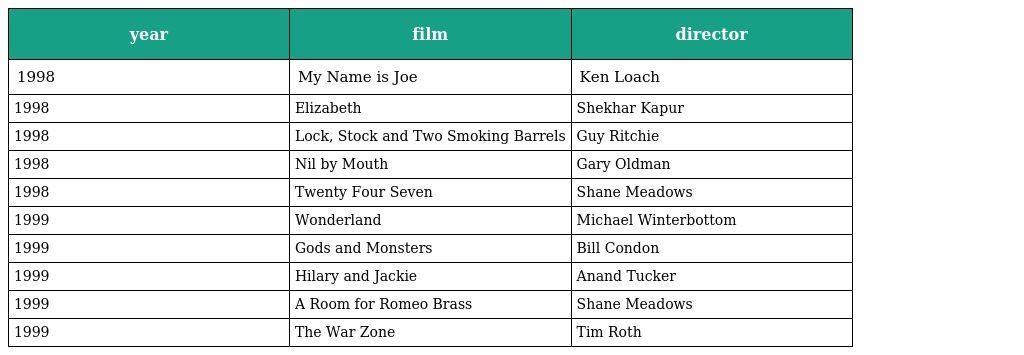
| year | film | director |
 | --- | --- | --- |
 | 1998 | My Name is Joe | Ken Loach |
 | 1998 | Elizabeth | Shekhar Kapur |
 | 1998 | Lock, Stock and Two Smoking Barrels | Guy Ritchie |
 | 1998 | Nil by Mouth | Gary Oldman |
 | 1998 | Twenty Four Seven | Shane Meadows |
 | 1999 | Wonderland | Michael Winterbottom |
 | 1999 | Gods and Monsters | Bill Condon |
 | 1999 | Hilary and Jackie | Anand Tucker |
 | 1999 | A Room for Romeo Brass | Shane Meadows |
 | 1999 | The War Zone | Tim Roth |